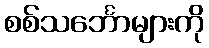
စစ်သင်္ဘောများကို